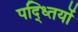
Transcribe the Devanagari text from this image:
पद्ध्तियों